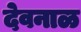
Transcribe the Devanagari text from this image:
देवनाळ